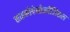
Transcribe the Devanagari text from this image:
साइकोपेथोलॉजिकल